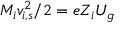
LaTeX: M _ { i } v _ { i , s } ^ { 2 } / 2 = e Z _ { i } U _ { g }